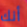
أنك